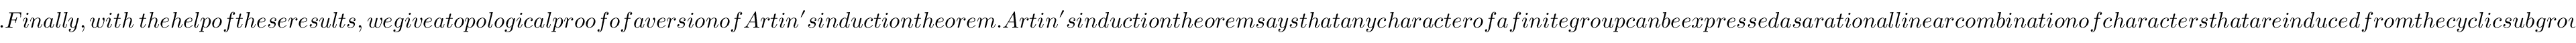
. F i n a l l y , w i t h ~ t h e h e l p o f t h e s e r e s u l t s , w e g i v e a t o p o l o g i c a l p r o o f o f a v e r s i o n o f A r t i n ^ { \prime } s i n d u c t i o n t h e o r e m . A r t i n ^ { \prime } s i n d u c t i o n t h e o r e m s a y s t h a t a n y c h a r a c t e r o f a f i n i t e g r o u p c a n b e e x p r e s s e d a s a r a t i o n a l l i n e a r c o m b i n a t i o n o f c h a r a c t e r s t h a t a r e i n d u c e d f r o m t h e c y c l i c s u b g r o u p s . I n ~ t h i s w o r k , w e p r o v e a v e r s i o n o f t h i s t h e o r e m ; m o r e p r e c i s e l y , w e s h o w t h a t i f